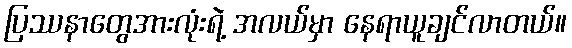
ပြဿနာတွေအားလုံးရဲ့ အလယ်မှာ နေရာယူချင်လာတယ်။